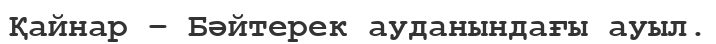
Қайнар – Бәйтерек ауданындағы ауыл.